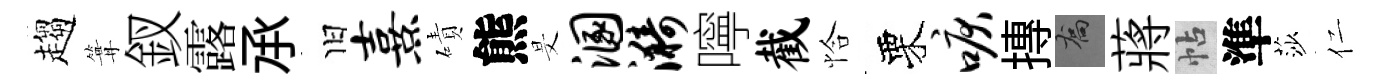
趨篝釵露𠄘旧熹磧熊旻溷漪嚀截恰栗唳摶喬蔣帖準莎仁